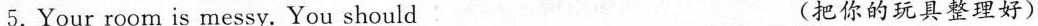
5.Your room is messy. You should___（把你的玩具整理好）.